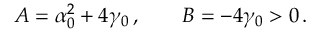
A = \alpha _ { 0 } ^ { 2 } + 4 \gamma _ { 0 } \, , \qquad B = - 4 \gamma _ { 0 } > 0 \, .